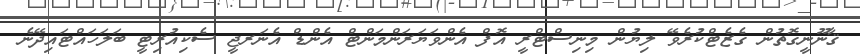
ޤާނޫނީގޮތުން ގެޒެޓްކުރެވޭ ލިޔުން މިނިސްޓްރީ އޮފް އެންވަޔަރަންމަންޓް އެންޑް އެނަރޖީ ސެކިއުރިޓީ ބަލަހައްޓައިދޭނެ